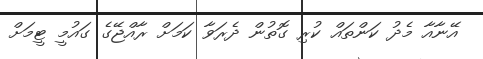
އޭނާއާ މެދު ކަންތައް ކުރި ގޮތުން ދެރަވާ ކަމަށް ރާއްޖޭގެ ގައުމީ ޓީމަށް